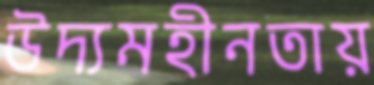
উদ্যমহীনতায়